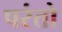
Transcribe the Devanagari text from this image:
परंतो